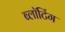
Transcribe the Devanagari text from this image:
ब्लॉटिंग